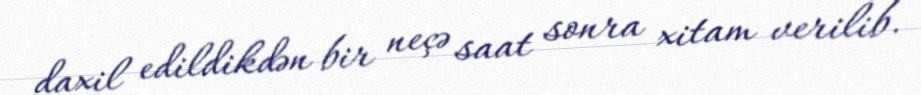
daxil edildikdən bir neçə saat sonra xitam verilib.